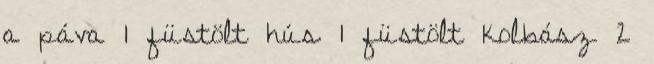
a páva 1 füstölt hús 1 füstölt kolbász 2